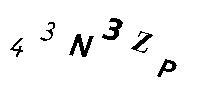
43N3ZP